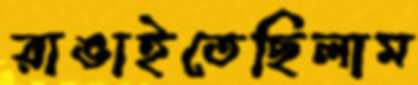
রাঙাইতেছিলাম